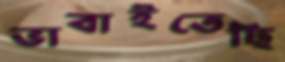
ভাবাইতেছি